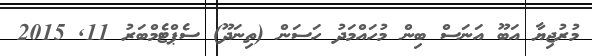
މުރުޖިޔާ އަބޫ އަނަސް ބިން މުހައްމަދު ހަސަން (ތިނަދޫ) ސެޕްޓެމްބަރު 11